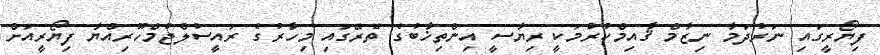
ފިޔޯރީގައި ނަރުދަމާ ނިޒާމް ޤާއިމްކުރުމަކީ ރިޔާސީ އިންތިޚާބުގެ ތެރޭގައި މިހާރުގެ ރައީސުލްޖުމްހޫރިއްޔާ ފިޔޯރީއަށް